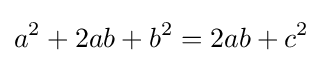
a^{2}+2ab+b^{2}=2ab+c^{2}